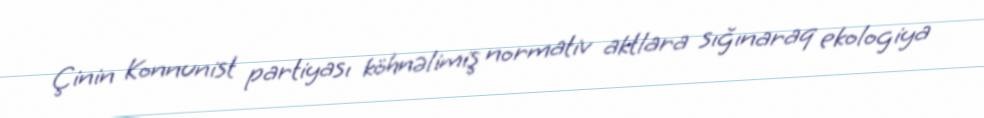
Çinin Konnunist partiyası köhnəlimiş normativ aktlara sığınaraq ekologiya